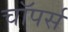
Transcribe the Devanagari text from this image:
चाॅपर्स